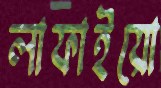
লাফাইয়ো